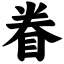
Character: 眷